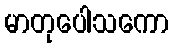
မာတုပေါသကော